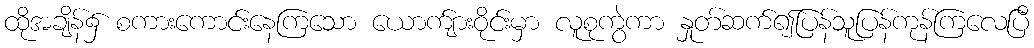
ထိုအချိန်၌ စကားကောင်းနေကြသော ယောက်ျားဝိုင်းမှာ လူစုကွဲကာ နှုတ်ဆက်၍ပြန်သူပြန်ကုန်ကြလေပြီ